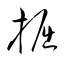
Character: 掘